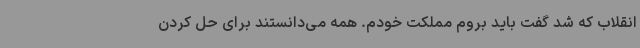
انقلاب که شد گفت باید بروم مملکت خودم. همه می‌دانستند برای حل کردن